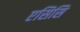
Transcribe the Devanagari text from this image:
एसिसि